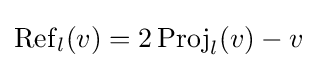
\operatorname {Ref} _{l}(v)=2\operatorname {Proj} _{l}(v)-v